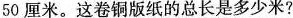
50厘米。这卷铜版纸的总长是多少米?